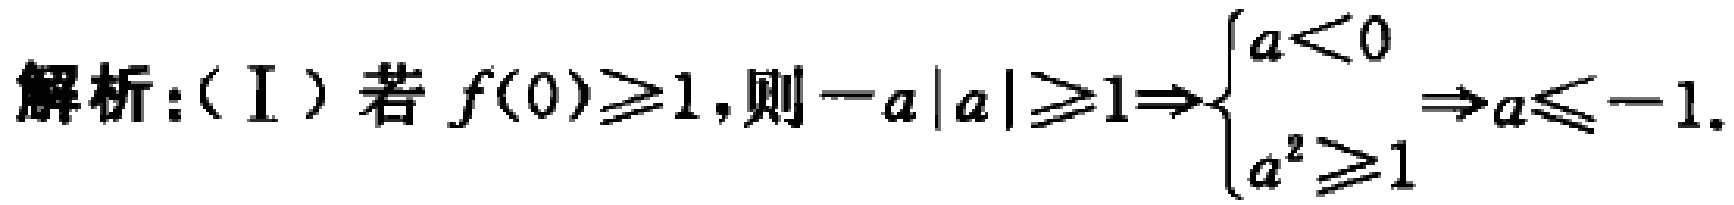
解析：（I）若 \(f(0)\geq1\)，则 \(-a|a|\geq1\Rightarrow\begin{cases}a<0 \\ a^{2}\geq1\end{cases}\Rightarrow a\leq -1\)